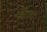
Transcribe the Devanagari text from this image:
फ़ौजा